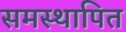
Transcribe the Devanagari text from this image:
समस्थापित